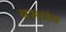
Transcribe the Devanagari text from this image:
बसलंय